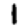
Digit: 1